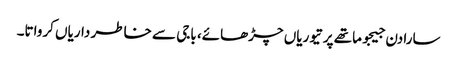
سارا دن جیجو ماتھے پر تیوریاں چڑھائے، باجی سے خاطر داریاں کرواتا۔